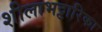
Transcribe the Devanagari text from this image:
शीलाभट्टारिका